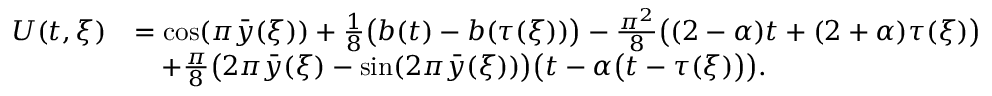
\begin{array} { r l } { U ( t , \xi ) } & { = \cos ( \pi \bar { y } ( \xi ) ) + \frac { 1 } { 8 } \big ( b ( t ) - b ( \tau ( \xi ) ) \big ) - \frac { \pi ^ { 2 } } { 8 } \big ( ( 2 - \alpha ) t + ( 2 + \alpha ) \tau ( \xi ) \big ) } \\ & { \quad + \frac { \pi } { 8 } \big ( 2 \pi \bar { y } ( \xi ) - \sin ( 2 \pi \bar { y } ( \xi ) ) \big ) \big ( t - \alpha \big ( t - \tau ( \xi ) \big ) \big ) . } \end{array}